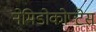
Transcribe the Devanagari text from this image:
नेमिडोकोप्टेस